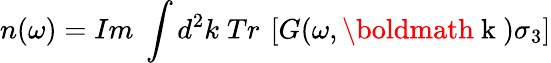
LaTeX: n(\omega)=Im\; \int d^{2}k\; Tr\: \left[G(\omega,\mathrm{\boldmath~k~})\sigma_{3}\right]